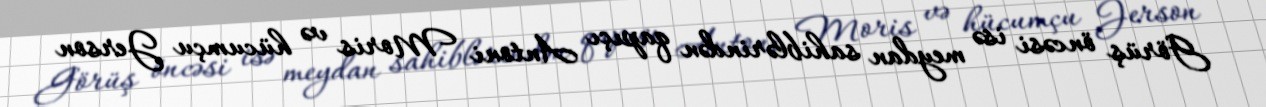
Görüş öncəsi isə meydan sahiblərindən qapıçı Antoni Moris və hücumçu Jerson